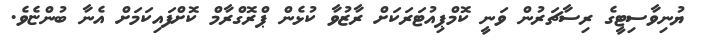
ޔުނިވާސިޓީގެ ރިސާޗަރުން ވަނީ ކޮމްޕިއުޓަރަކަށް ރާޒުވާ ކުޅެން ޕްރޮގްރާމް ކޮށްފައިކަމަށް އެނާ ބުންޏެވެ.